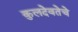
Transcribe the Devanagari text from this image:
कुलदेवतेचे